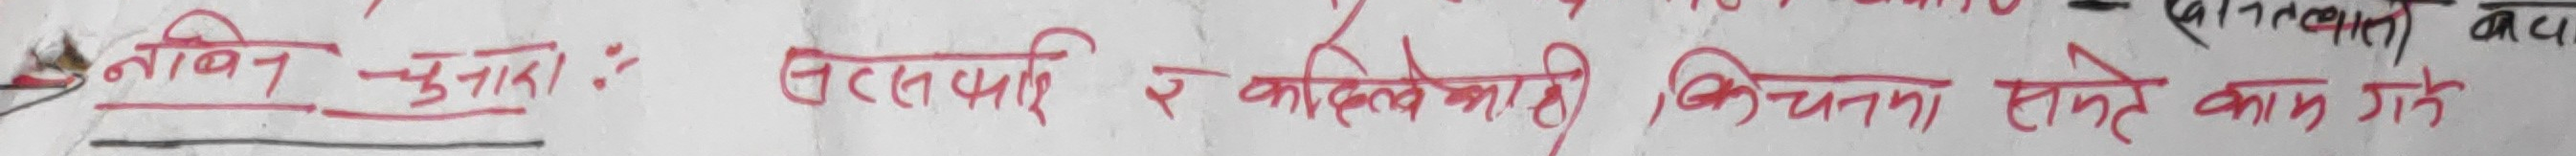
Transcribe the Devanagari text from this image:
नवीन चुनाव : सरसबाई र कविताकोही बिचना समेते काम गते